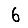
Digit: 6